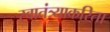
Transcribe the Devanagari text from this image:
स्वातंत्र्याकरिता